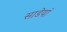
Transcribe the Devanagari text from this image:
साडेयां